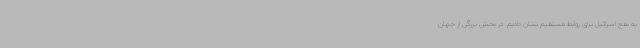
به نفع اسرائیل برای روابط مستقیم نشان دادیم. در بخش بزرگی از جهان